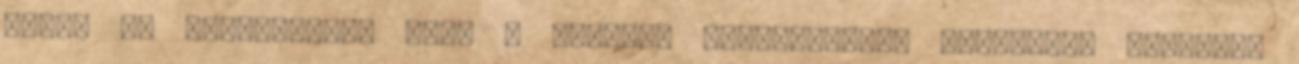
abban az értelemben, hogy a „külső” történéseket nagyrészt mellőzi,